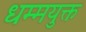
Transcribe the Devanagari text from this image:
धम्मयुक्त